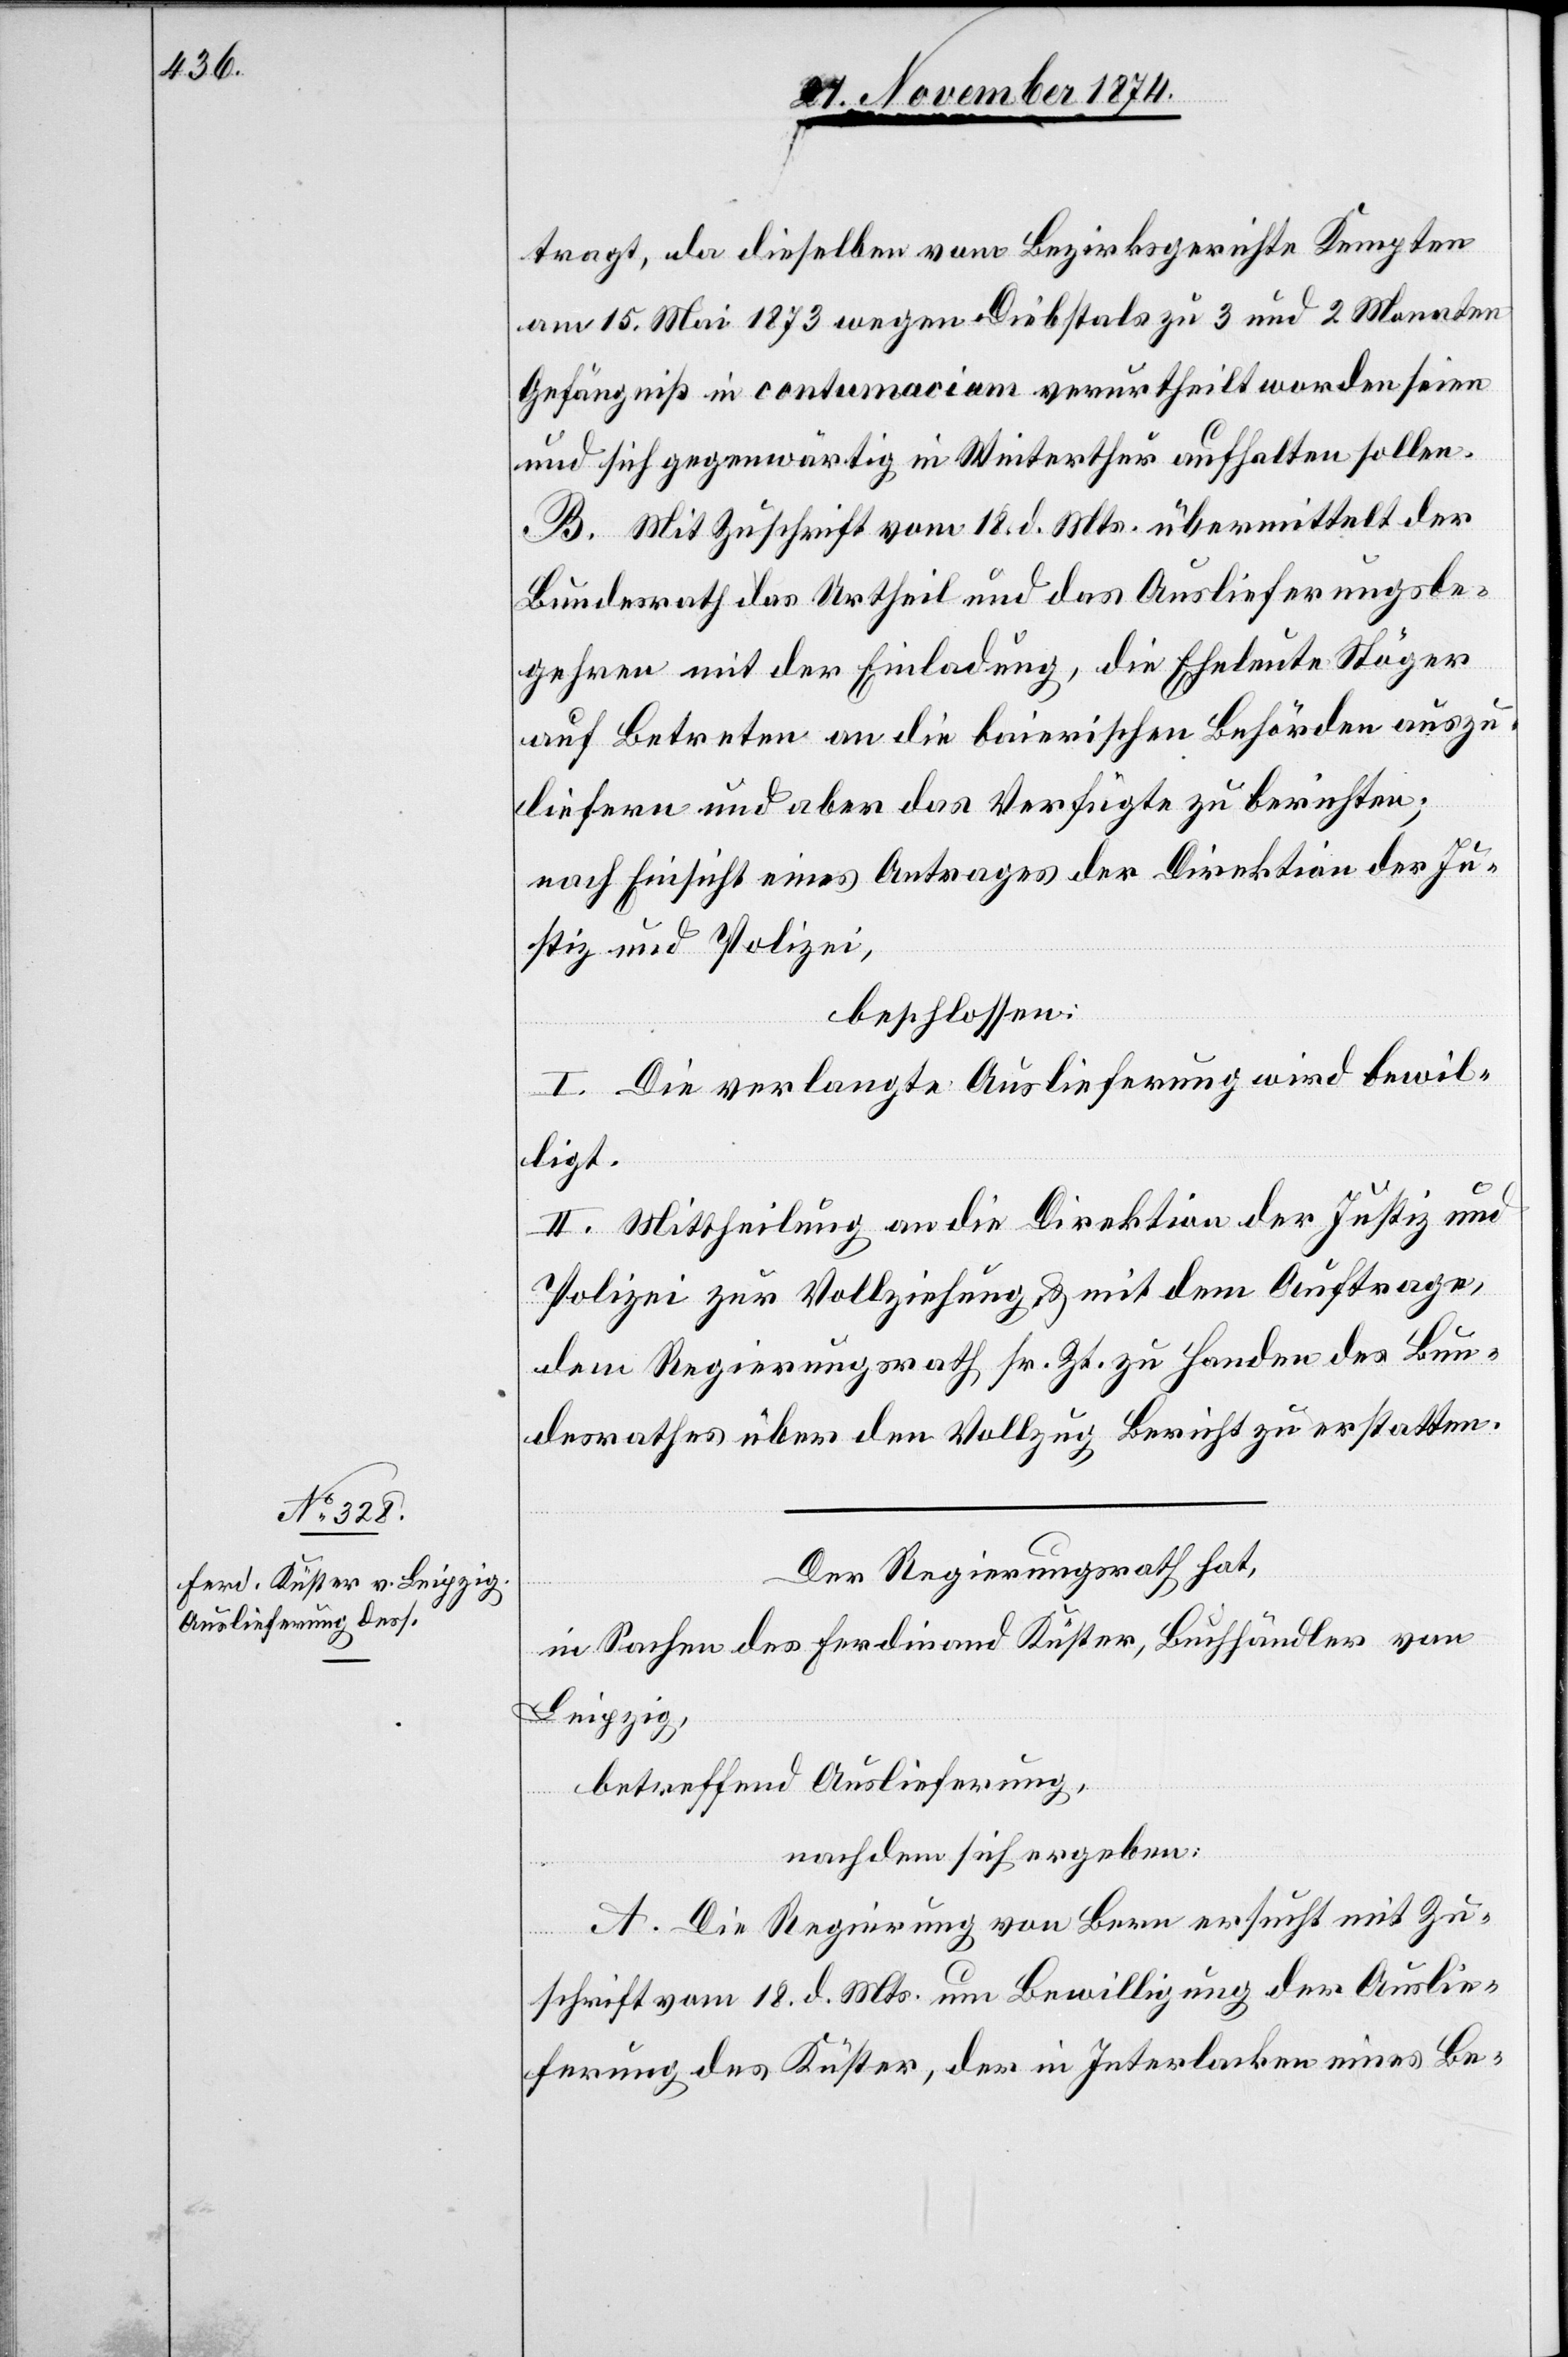
tragt, da dieselben vom Bezirksgerichte Kempten
am 15. Mai 1873 wegen Diebstals zu 3 und 2 Monaten
Gefängniß in contumaciam verurtheilt worden seien
und sich gegenwärtig in Winterthur aufhalten sollen.
B. Mit Zuschrift vom 18. d. Mts. übermittelt der
Bundesrath das Urtheil und das Auslieferungsbe¬
gehren mit der Einladung, die Eheleute Stöger
auf Betreten an die baierischen Behörden auszu¬
liefern und aber das Verfügte zu berichten;
nach Einsicht eines Antrages der Direktion der Ju¬
stiz und Polizei,
beschlossen:
I. Die verlangte Auslieferung wird bewil¬
ligt.
II. Mittheilung an die Direktion der Justiz und
Polizei zur Vollziehung & mit dem Auftrage,
dem Regierungsrath sr. Zt. zu Handen des Bun¬
desrathes über den Vollzug Bericht zu erstatten.
Der Regierungsrath hat,
in Sachen des Ferdinand Küster, Buchhändler von
Leipzig,
betreffend Auslieferung,
nachdem sich ergeben:
A. Die Regierung von Bern ersucht mit Zu¬
schrift vom 18. d. Mts. um Bewilligung der Auslie¬
ferung des Küster, der in Interlaken eines Be-